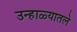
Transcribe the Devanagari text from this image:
उन्हाळ्यातले